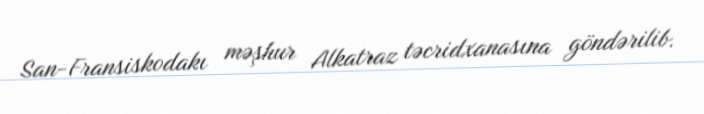
San-Fransiskodakı məşhur Alkatraz təcridxanasına göndərilib.